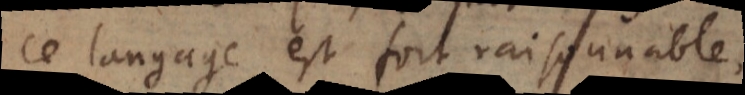
ce langage est fort rai